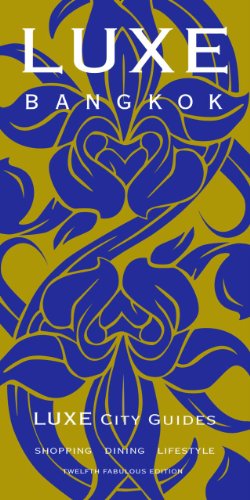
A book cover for LUXE Bangkok (LUXE City Guides); LUXE City Guides; Travel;